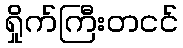
ရှိုက်ကြီးတငင်